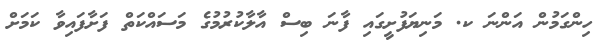
ހިންގަމުން އަންނަ ކ. މަނިޔަފުށީގައި ފާނަ ބިސް އާލާކުރުމުގެ މަސައްކަތް ފަށާފައިވާ ކަމަށް